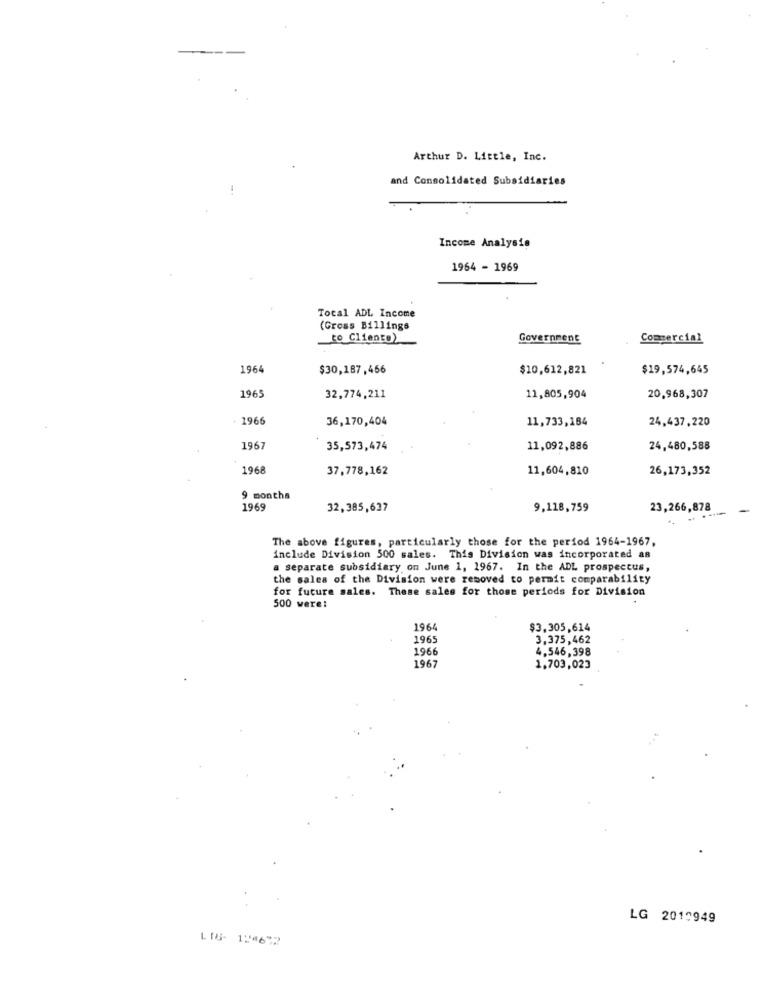
Arthur D. Little, Inc.
and Consolidated Subsidiaries
Income Analysis
1964 - 1969
Total ADL Income
(Gross Billings
to Clients)
Government
Commercial
1964
$30,187,456
$10,612,821
$19,574,645
1965
32,774,211
11,805,904
20,968,307
1966
36,170,404
11,733,184
24,437,220
1967
35,573,474
11,092,886
24,480,588
1968
37,778,162
11,604,810
26,173,352
9 months
1969
32,385,637
9,118,759
23,266,878
The above figures, particularly those for the period 1964-1967,
include Division 500 sales. This Division was incorporated as
a separate subsidiary on June 1, 1967. In the ADL prospectus,
the sales of the Division were removed to permit comparability
for future sales. These sales for those periods for Division
500 were:
1964
$3,305,614
196
3,375,462
1966
4,546,398
1967
1,703,023
LG 2019949
LIG. 124672